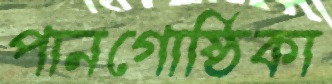
পানগোষ্ঠিকা